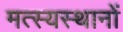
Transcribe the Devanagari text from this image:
मत्स्यस्थानों